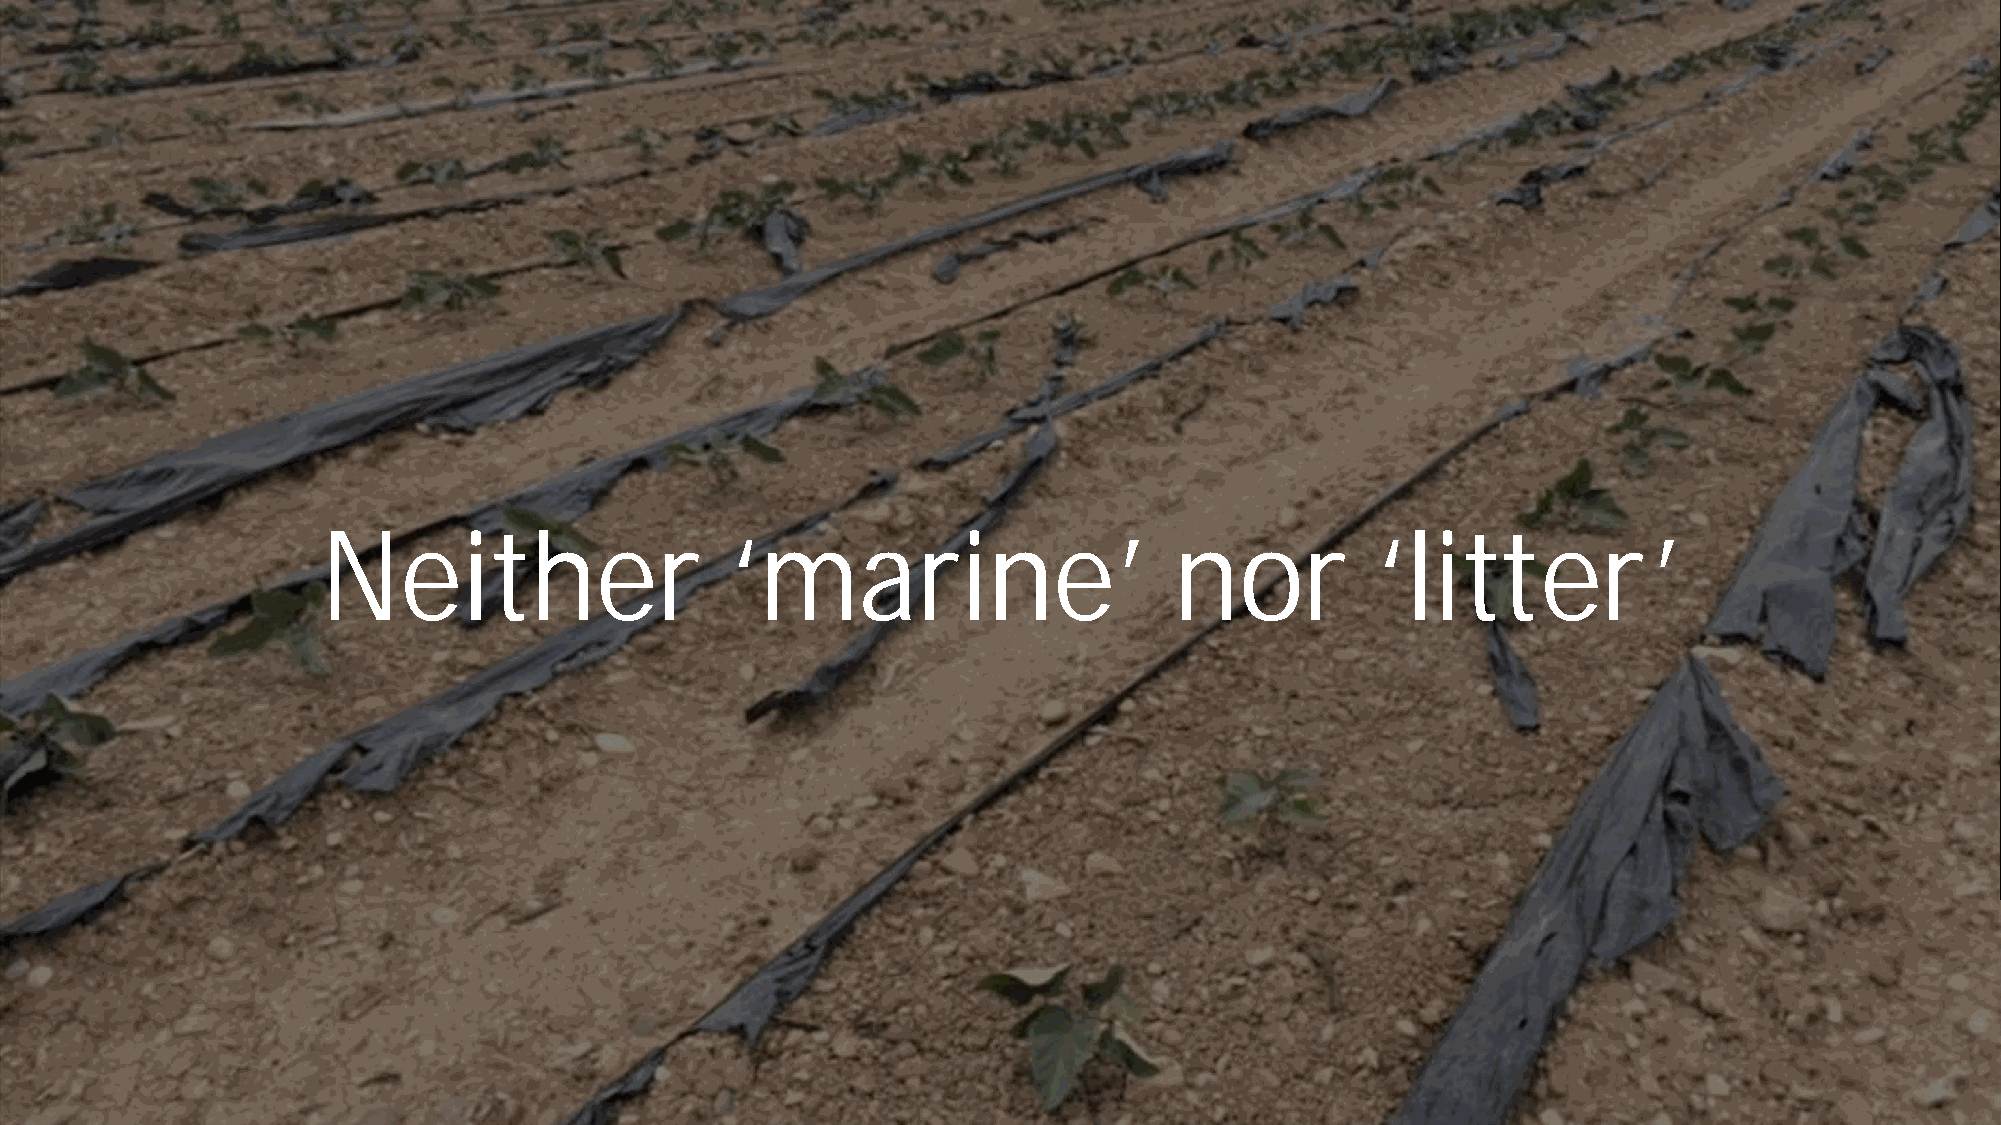
Neither                    ‘marine’                      nor          ‘litter’